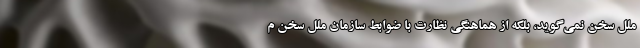
ملل سخن نمی‌گوید، بلکه از هماهنگی نظارت با ضوابط سازمان ملل سخن م